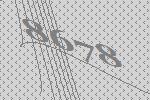
8678